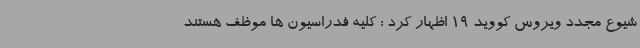
شیوع مجدد ویروس کووید 19 اظهار کرد : کلیه فدراسیون ها موظف هستند